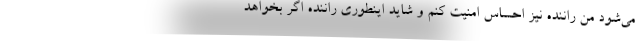
می‌شود من راننده نیز احساس امنیت کنم و شاید اینطوری راننده اگر بخواهد